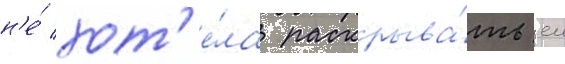
н'е́ хот'е́ла раскрыва́ть еи